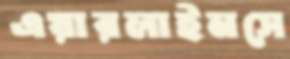
এয়ারলাইনসে